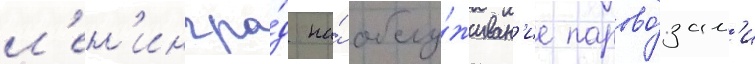
л'ен'ингра́д на́ обслу́живан'ие парово́зам'и